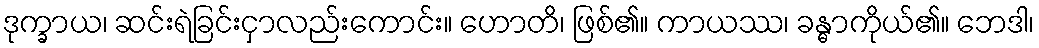
ဒုက္ခာယ၊ ဆင်းရဲခြင်းငှာလည်းကောင်း။ ဟောတိ၊ ဖြစ်၏။ ကာယဿ၊ ခန္ဓာကိုယ်၏။ ဘေဒါ၊